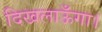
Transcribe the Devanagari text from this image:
दिखलाऊँगा।